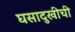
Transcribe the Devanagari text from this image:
घसादुखीची